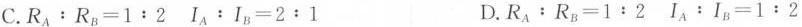
C.$$R_A}：R_{B}=1:2$$ $$I_{A}：I_{B}=2：1$$ D.$$R_{A}：R_{B}=1:2$$$$ I_{A}：I_{B}=1:2$$